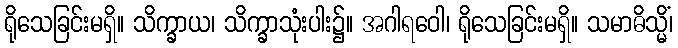
ရိုသေခြင်းမရှိ။ သိက္ခာယ၊ သိက္ခာသုံးပါး၌။ အဂါရဝေါ၊ ရိုသေခြင်းမရှိ။ သမာဓိသ္မိံ၊